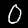
Digit: 0